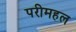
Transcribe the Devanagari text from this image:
परीमहल